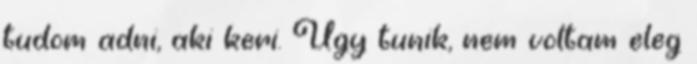
tudom adni, aki keri. Ugy tunik, nem voltam eleg